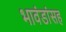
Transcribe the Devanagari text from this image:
भावंडांसह